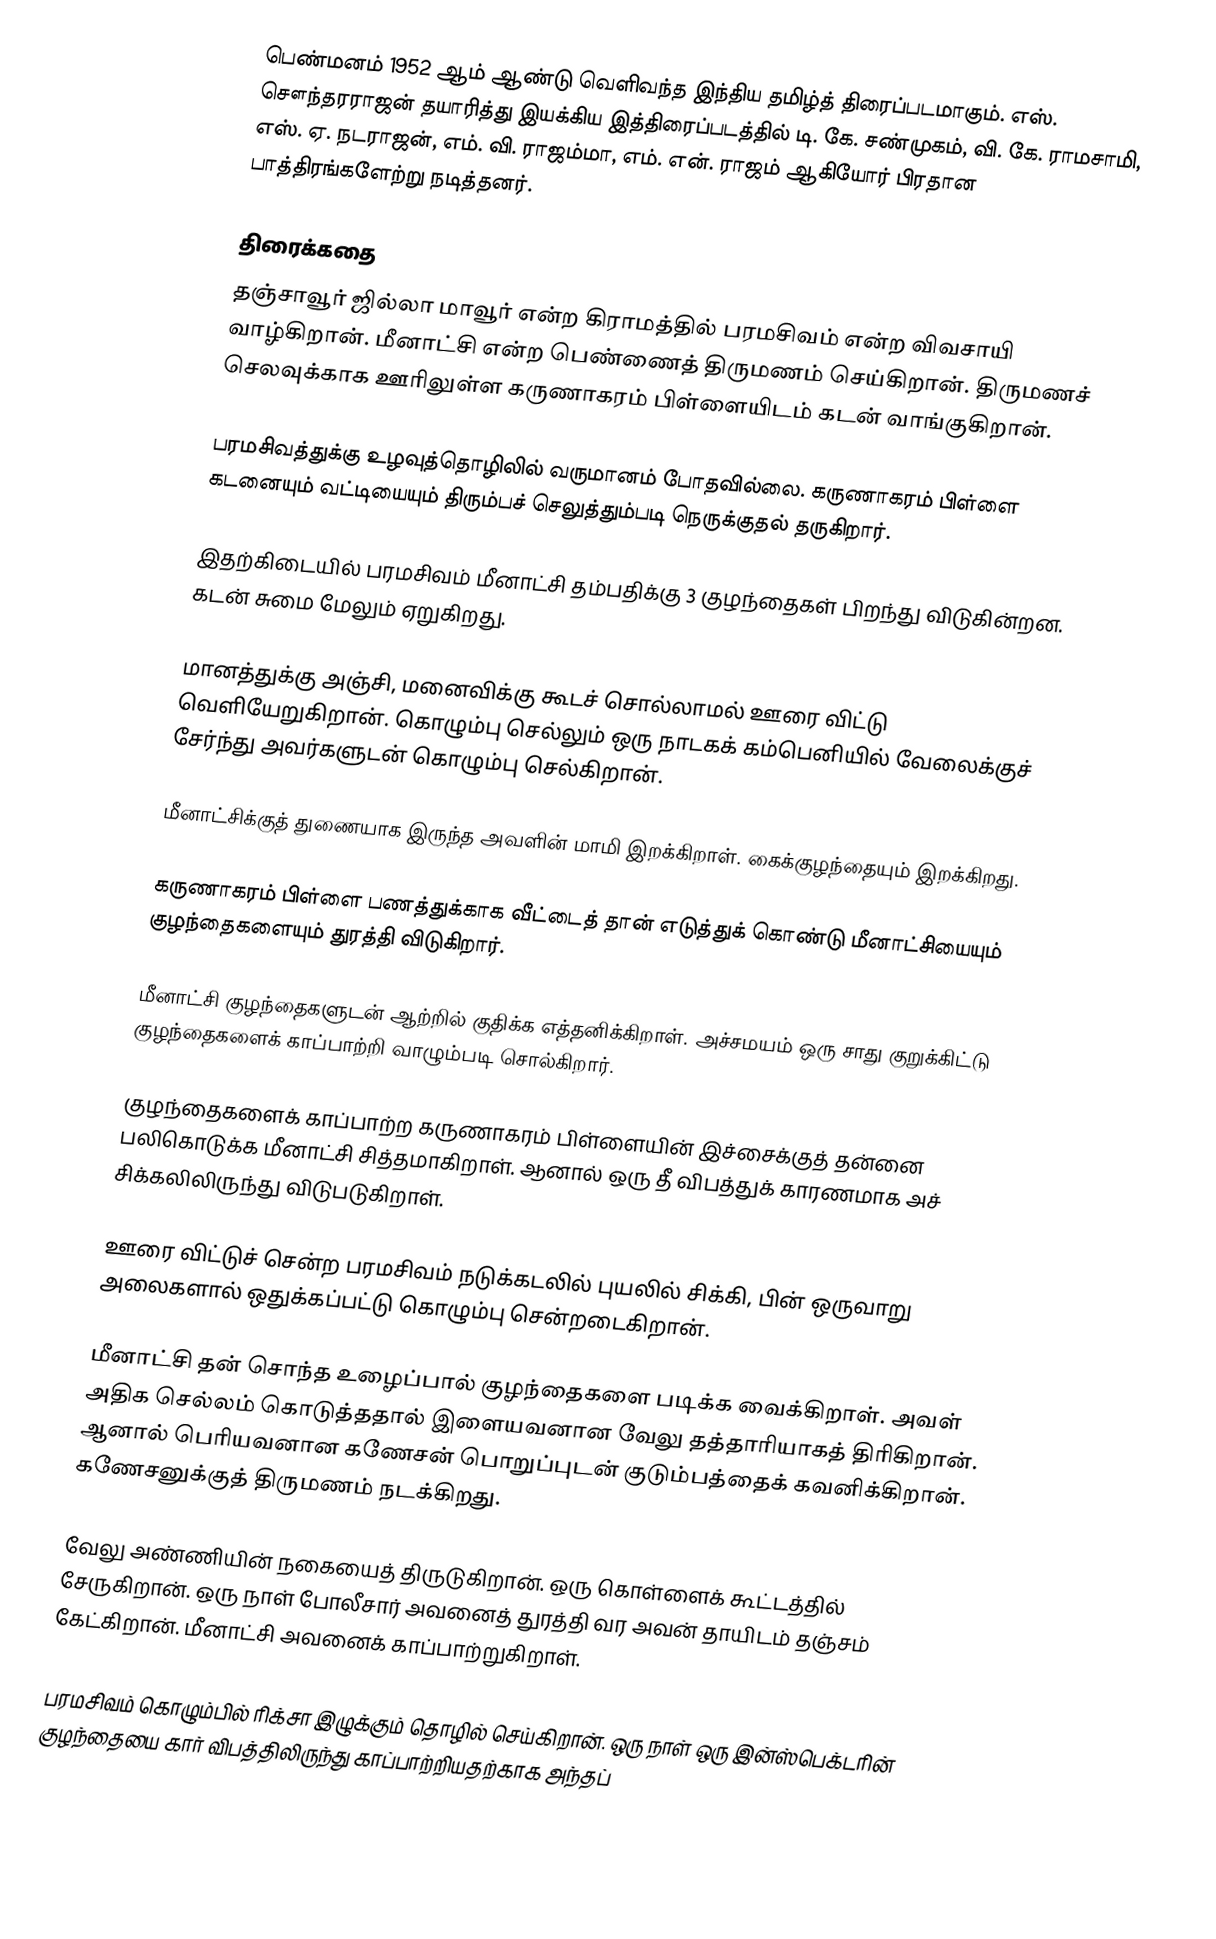
பெண்மனம் 1952 ஆம் ஆண்டு வெளிவந்த இந்திய தமிழ்த் திரைப்படமாகும். எஸ். சௌந்தரராஜன் தயாரித்து இயக்கிய இத்திரைப்படத்தில் டி. கே. சண்முகம், வி. கே. ராமசாமி, எஸ். ஏ. நடராஜன், எம். வி. ராஜம்மா, எம். என். ராஜம் ஆகியோர் பிரதான பாத்திரங்களேற்று நடித்தனர்.

திரைக்கதை
தஞ்சாவூர் ஜில்லா மாவூர் என்ற கிராமத்தில் பரமசிவம் என்ற விவசாயி வாழ்கிறான். மீனாட்சி என்ற பெண்ணைத் திருமணம் செய்கிறான். திருமணச் செலவுக்காக ஊரிலுள்ள கருணாகரம் பிள்ளையிடம் கடன் வாங்குகிறான்.

பரமசிவத்துக்கு உழவுத்தொழிலில் வருமானம் போதவில்லை. கருணாகரம் பிள்ளை கடனையும் வட்டியையும் திரும்பச் செலுத்தும்படி நெருக்குதல் தருகிறார்.

இதற்கிடையில் பரமசிவம் மீனாட்சி தம்பதிக்கு 3 குழந்தைகள் பிறந்து விடுகின்றன. கடன் சுமை மேலும் ஏறுகிறது.

மானத்துக்கு அஞ்சி, மனைவிக்கு கூடச் சொல்லாமல் ஊரை விட்டு வெளியேறுகிறான். கொழும்பு செல்லும் ஒரு நாடகக் கம்பெனியில் வேலைக்குச் சேர்ந்து அவர்களுடன் கொழும்பு செல்கிறான்.

மீனாட்சிக்குத் துணையாக இருந்த அவளின் மாமி இறக்கிறாள். கைக்குழந்தையும் இறக்கிறது.

கருணாகரம் பிள்ளை பணத்துக்காக வீட்டைத் தான் எடுத்துக் கொண்டு மீனாட்சியையும் குழந்தைகளையும் துரத்தி விடுகிறார்.

மீனாட்சி குழந்தைகளுடன் ஆற்றில் குதிக்க எத்தனிக்கிறாள். அச்சமயம் ஒரு சாது குறுக்கிட்டு குழந்தைகளைக் காப்பாற்றி வாழும்படி சொல்கிறார்.

குழந்தைகளைக் காப்பாற்ற கருணாகரம் பிள்ளையின் இச்சைக்குத் தன்னை பலிகொடுக்க மீனாட்சி சித்தமாகிறாள். ஆனால் ஒரு தீ விபத்துக் காரணமாக அச் சிக்கலிலிருந்து விடுபடுகிறாள்.

ஊரை விட்டுச் சென்ற பரமசிவம் நடுக்கடலில் புயலில் சிக்கி, பின் ஒருவாறு அலைகளால் ஒதுக்கப்பட்டு கொழும்பு சென்றடைகிறான்.

மீனாட்சி தன் சொந்த உழைப்பால் குழந்தைகளை படிக்க வைக்கிறாள். அவள் அதிக செல்லம் கொடுத்ததால் இளையவனான வேலு தத்தாரியாகத் திரிகிறான். ஆனால் பெரியவனான கணேசன் பொறுப்புடன் குடும்பத்தைக் கவனிக்கிறான். கணேசனுக்குத் திருமணம் நடக்கிறது.

வேலு அண்ணியின் நகையைத் திருடுகிறான். ஒரு கொள்ளைக் கூட்டத்தில் சேருகிறான். ஒரு நாள் போலீசார் அவனைத் துரத்தி வர அவன் தாயிடம் தஞ்சம் கேட்கிறான். மீனாட்சி அவனைக் காப்பாற்றுகிறாள்.

பரமசிவம் கொழும்பில் ரிக்சா இழுக்கும் தொழில் செய்கிறான். ஒரு நாள் ஒரு இன்ஸ்பெக்டரின் குழந்தையை கார் விபத்திலிருந்து காப்பாற்றியதற்காக அந்தப்